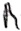
Text: R